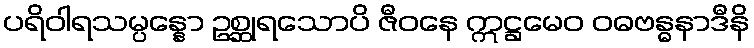
ပရိဝါရသမ္ပန္နော ဥစ္ဆုရသောပိ ဇီဝနေ ဣဋ္ဌမေဝ ဝဓဗန္ဓနာဒီနိ